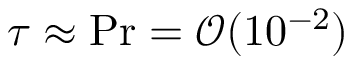
\tau \approx \mathrm { P r } = \mathcal { O } ( 1 0 ^ { - 2 } )